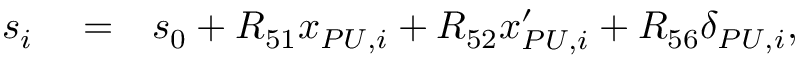
\begin{array} { r l r } { s _ { i } } & { { } = } & { s _ { 0 } + R _ { 5 1 } x _ { P U , i } + R _ { 5 2 } x _ { P U , i } ^ { \prime } + R _ { 5 6 } \delta _ { P U , i } , } \end{array}